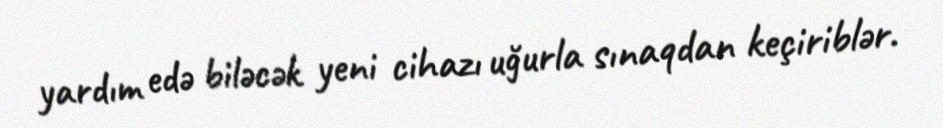
yardım edə biləcək yeni cihazı uğurla sınaqdan keçiriblər.